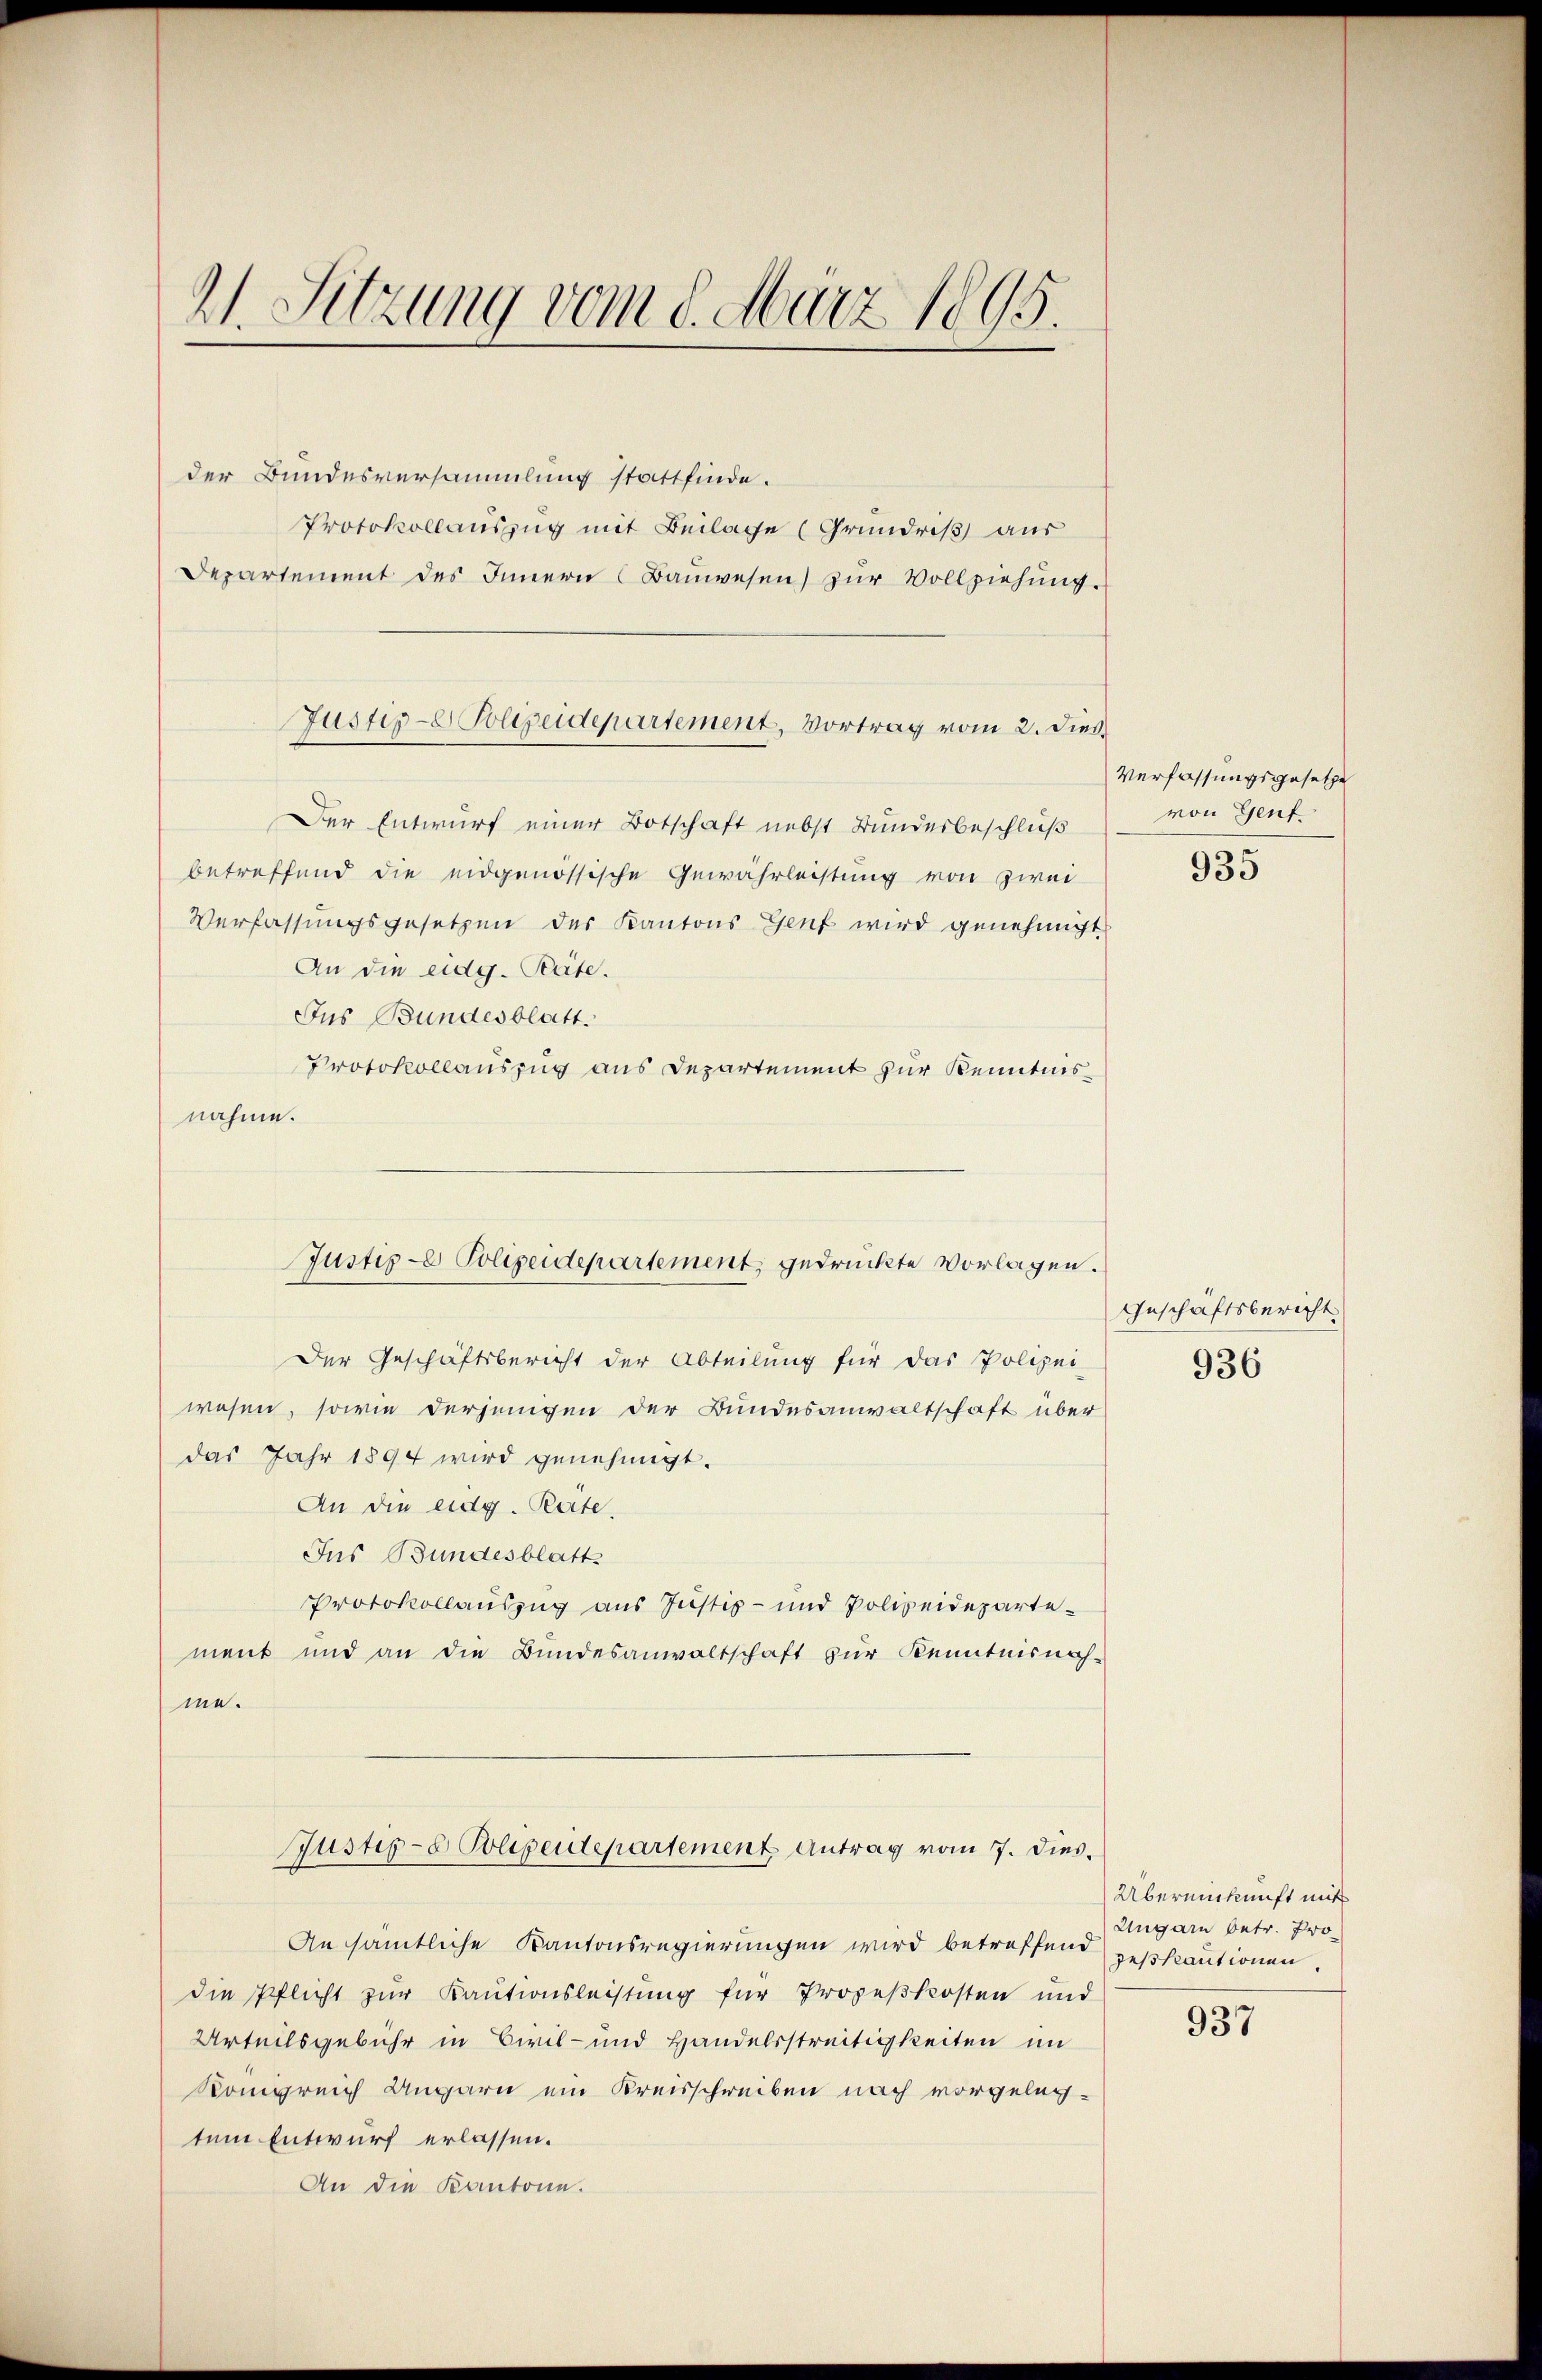
21. Sitzung vom 8. März 1895.

der Bundesversammlung stattfinde.
Protokollauszug mit Beilage (Grundriß aus
Departement des Innern (Bauwesen) zur Vollziehung.
Der Entwurf einer Botschaft nebst Bundesbeschluß
betreffend die eidgenössische Gewährleistung von zwei
Verfassungsgesetzen des Kantons Genf wird genehmigt
An die eidg. Räte.
Jus Bundesblatt.
Protokollauszug aus Departement zur Kenntnisnahme.
Der Geschäftsbericht der Abteilung für das Polizei-
wesen, sowie derjenigen der Bundesanwaltschaft über
das Jahr 1894 wird genehmigt.
An die eidg. Rate,
Jus Bundesblatt
Protokollauszug aus Justiz- und Polizeidepartement und an die Bundesanwaltschaft zur Kenntnisnah-
me.
Justige Polipertepartement Antrag vom 7. Dies.
An sämtliche Kantonsregierungen wird betreffend gestautionen
die Pflicht zur Kautionsleistung für Prozeßkosten und
Urteilsgebühr in Civil- und Handelsstreitigkeiten im
Königreich Ungarn ein Kreisschreiben nach vorgelegtem Entwurf erlassen.
An die Kantone.

Justige Polizeidepartement, Vortrag vom 2. dies

Justiz- Polizeidepartement, gedruckte Vorlagen.

Verfassungsgesetze
von Genf

935

Geschäftsbericht

936

Übereinkunft mit
Ungarn betr. Pro

937